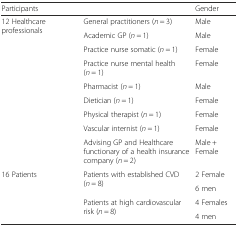
| <COLSPAN=2> Participants | Gender |
 | --- | --- | --- |
 | <ROWSPAN=9> 12 Healthcare professionals | General practitioners (n = 3) | Male |
 | Academic GP (n = 1) | Male |
 | Practice nurse somatic (n = 1) | Female |
 | Practice nurse mental health (n = 1) | Female |
 | Pharmacist (n = 1) | Male |
 | Dietician (n = 1) | Female |
 | Physical therapist (n = 1) | Female |
 | Vascular internist (n = 1) | Female |
 | Advising GP and Healthcare functionary of a health insurance company (n = 2) | Male + Female |
 | <ROWSPAN=4> 16 Patients | <ROWSPAN=2> Patients with established CVD (n = 8) | 2 Female |
 | 6 men |
 | <ROWSPAN=2> Patients at high cardiovascular risk (n = 8) | 4 Females |
 | 4 men |